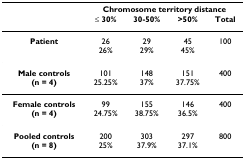
|  | <COLSPAN=4> Chromosome territory distance |
 |  | ≤ 30% | 30-50% | >50% | Total |
 | --- | --- | --- | --- | --- |
 | Patient | 2626% | 2929% | 4545% | 100 |
 | Male controls(n = 4) | 10125.25% | 14837% | 15137.75% | 400 |
 | Female controls(n = 4) | 9924.75% | 15538.75% | 14636.5% | 400 |
 | Pooled controls(n = 8) | 20025% | 30337.9% | 29737.1% | 800 |